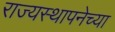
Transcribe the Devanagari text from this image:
राज्‍यस्‍थापनेच्या